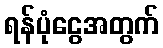
ရန်ပုံငွေအတွက်